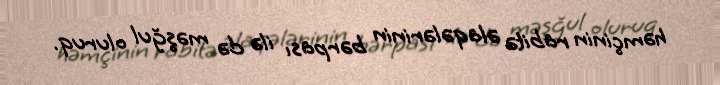
həmçinin rabitə əlaqələrinin bərpası ilə də məşğul oluruq.